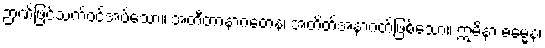
ဉာဏ်ဖြင့်သက်ဝင်အပ်သော။ အတီတာနာဂတေန၊ အတိတ်အနာဂတ်ဖြစ်သော။ ဣမိနာ ဓမ္မေန၊